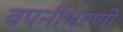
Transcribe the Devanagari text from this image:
वपनीभरणी